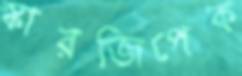
স্কারজিপেক